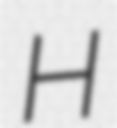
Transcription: H